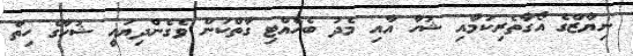
ނިޔާޒްގެ އޯގާތެރިކަމާއި ޝުހާ އާއި މެދު ބެހެއްޓި ގާތްކަން ވެގެންދިޔައީ ޝުހާގެ ހިތް